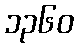
၁၃၆၀